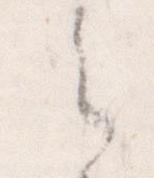
之